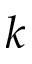
k